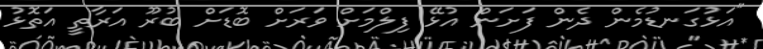
"އަޅުގަނޑުމެން ދެން ފަށަން އުޅޭ ފިލްމަށް ވަރަށް ބޮޑަށް ބުރޫ އަރާތީ އަތޮޅު